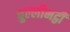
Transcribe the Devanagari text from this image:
चुल्लीभट्ठी